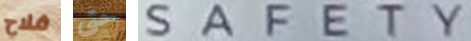
فلاح حتى SAFETY